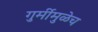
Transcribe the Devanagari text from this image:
गुर्मीमुळेच